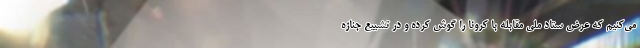
می‌کنیم که عرض ستاد ملی مقابله با کرونا را گوش کرده و در تشییع جنازه